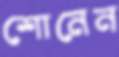
শোনেন